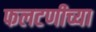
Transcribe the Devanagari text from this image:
फलटणीच्या